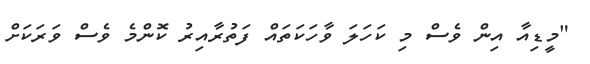
"މީޑިއާ އިން ވެސް މި ކަހަލަ ވާހަކަތައް ފަތުރާއިރު ކޮންމެ ވެސް ވަރަކަށް